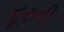
દૂરની